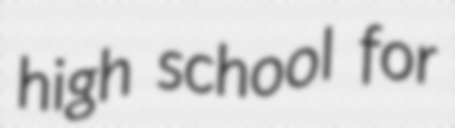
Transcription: high school for